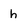
Character: h